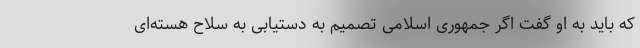
که باید به او گفت اگر جمهوری اسلامی تصمیم به دستیابی به سلاح هسته‌ای